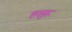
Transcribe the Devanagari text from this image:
हसुरू